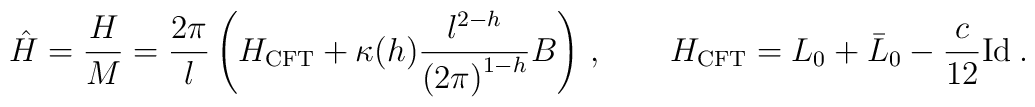
{\hat H}=\frac{H}{M}=\frac{2\pi }{l}\left( H_{\mathrm{CFT}}+\kappa(h)\frac{l^{2-h}}{\left( 2\pi \right) ^{1-h}}B\right)\, ,\qquad H_{\mathrm{CFT}}=L_{0}+\bar{L}_{0}-\frac{c}{12}{\mathrm{Id}}\: .